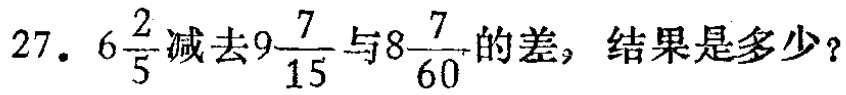
27. \(6\frac{2}{5}\)减去\(9\frac{7}{15}\)与\(8\frac{7}{60}\)的差，结果是多少？